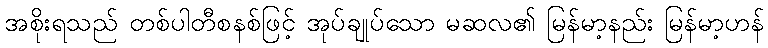
အစိုးရသည် တစ်ပါတီစနစ်ဖြင့် အုပ်ချုပ်သော မဆလ၏ မြန်မာ့နည်း မြန်မာ့ဟန်